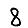
Digit: 8